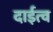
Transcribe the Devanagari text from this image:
दाईत्व